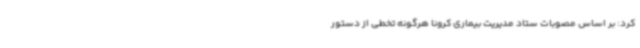
کرد: بر اساس مصوبات ستاد مدیریت بیماری کرونا هرگونه تخطی از دستور